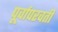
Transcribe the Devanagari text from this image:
पूर्वापरवर्ती